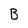
Character: B